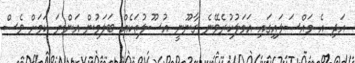
އަދި އެ މައްސަލައިގައި އަމަލުކުރެވޭނެ ގާނޫނީ އުސޫލުތަކެއް ބަލަމުން އަންނަ ކަމަށް ވެސް